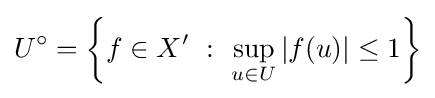
U^{\circ }=\left\{f\in X^{\prime }~:~\sup _{u\in U}|f(u)|\leq 1\right\}